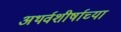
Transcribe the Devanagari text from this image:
अथर्वशीर्षाच्या